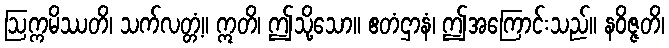
ဩက္ကမိဿတိ၊ သက်လတ္တံ့။ ဣတိ၊ ဤသို့သော။ ဧတံဌာနံ၊ ဤအကြောင်းသည်။ နဝိဇ္ဇတိ၊